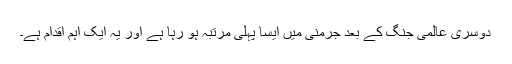
دوسری عالمی جنگ کے بعد جرمنی ميں ايسا پہلی مرتبہ ہو رہا ہے اور يہ ايک اہم اقدام ہے۔